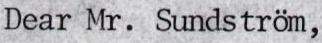
Dear Mr. Sundström,